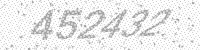
Solution: 452432